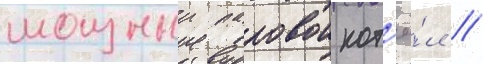
мощныи паровои кот'ё́л /